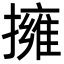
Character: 擁